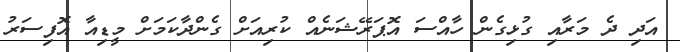
އަދި ދެ މަރާއި ގުޅިގެން ހާއްސަ އޮޕަރޭޝަނެއް ކުރިއަށް ގެންދާކަމަށް މީޑިއާ އޮފިސަރު